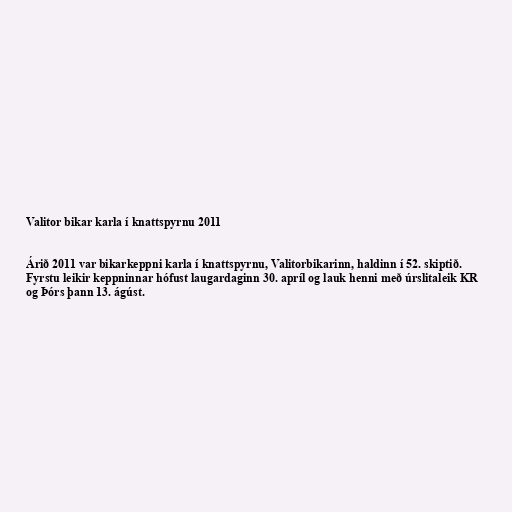
Valitor bikar karla í knattspyrnu 2011

Árið 2011 var bikarkeppni karla í knattspyrnu, Valitorbikarinn, haldinn í 52. skiptið.
Fyrstu leikir keppninnar hófust laugardaginn 30. apríl og lauk henni með úrslitaleik KR
og Þórs þann 13. ágúst.